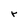
Character: r